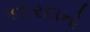
કદરદાનો